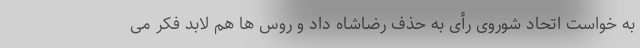
به خواست اتحاد شوروی رأی به حذف رضاشاه داد و روس ها هم لابد فکر می